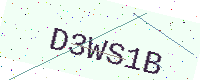
Text: D3WS1B